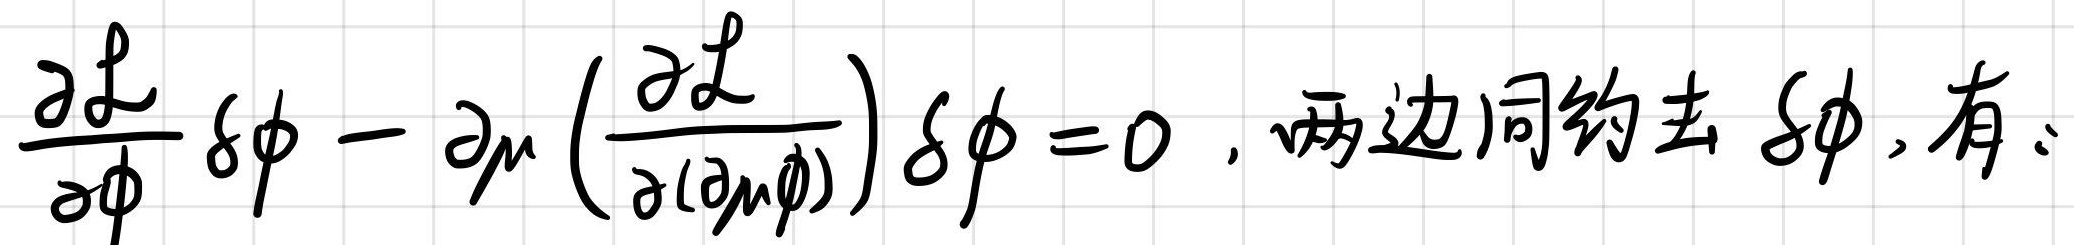
\frac{\partial \mathcal{L}}{\partial \phi} \delta \phi-\partial_{\mu}\left(\frac{\partial \mathcal{L}}{\partial(\partial_{\mu} \phi)}\right) \delta \phi = 0 \text{, 两边同约去 } \delta \phi, \text{有:}